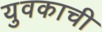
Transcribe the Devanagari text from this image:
युवकाची